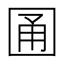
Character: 𡇮